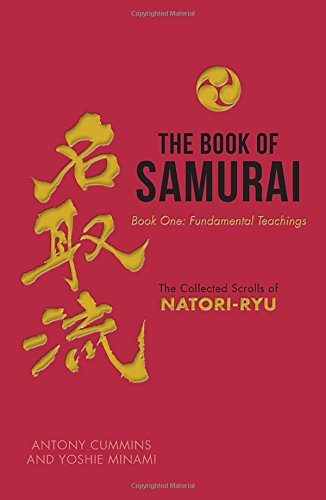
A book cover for The Book of Samurai; Antony Cummins; History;